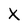
Character: x